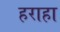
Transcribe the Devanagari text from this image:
हराहा